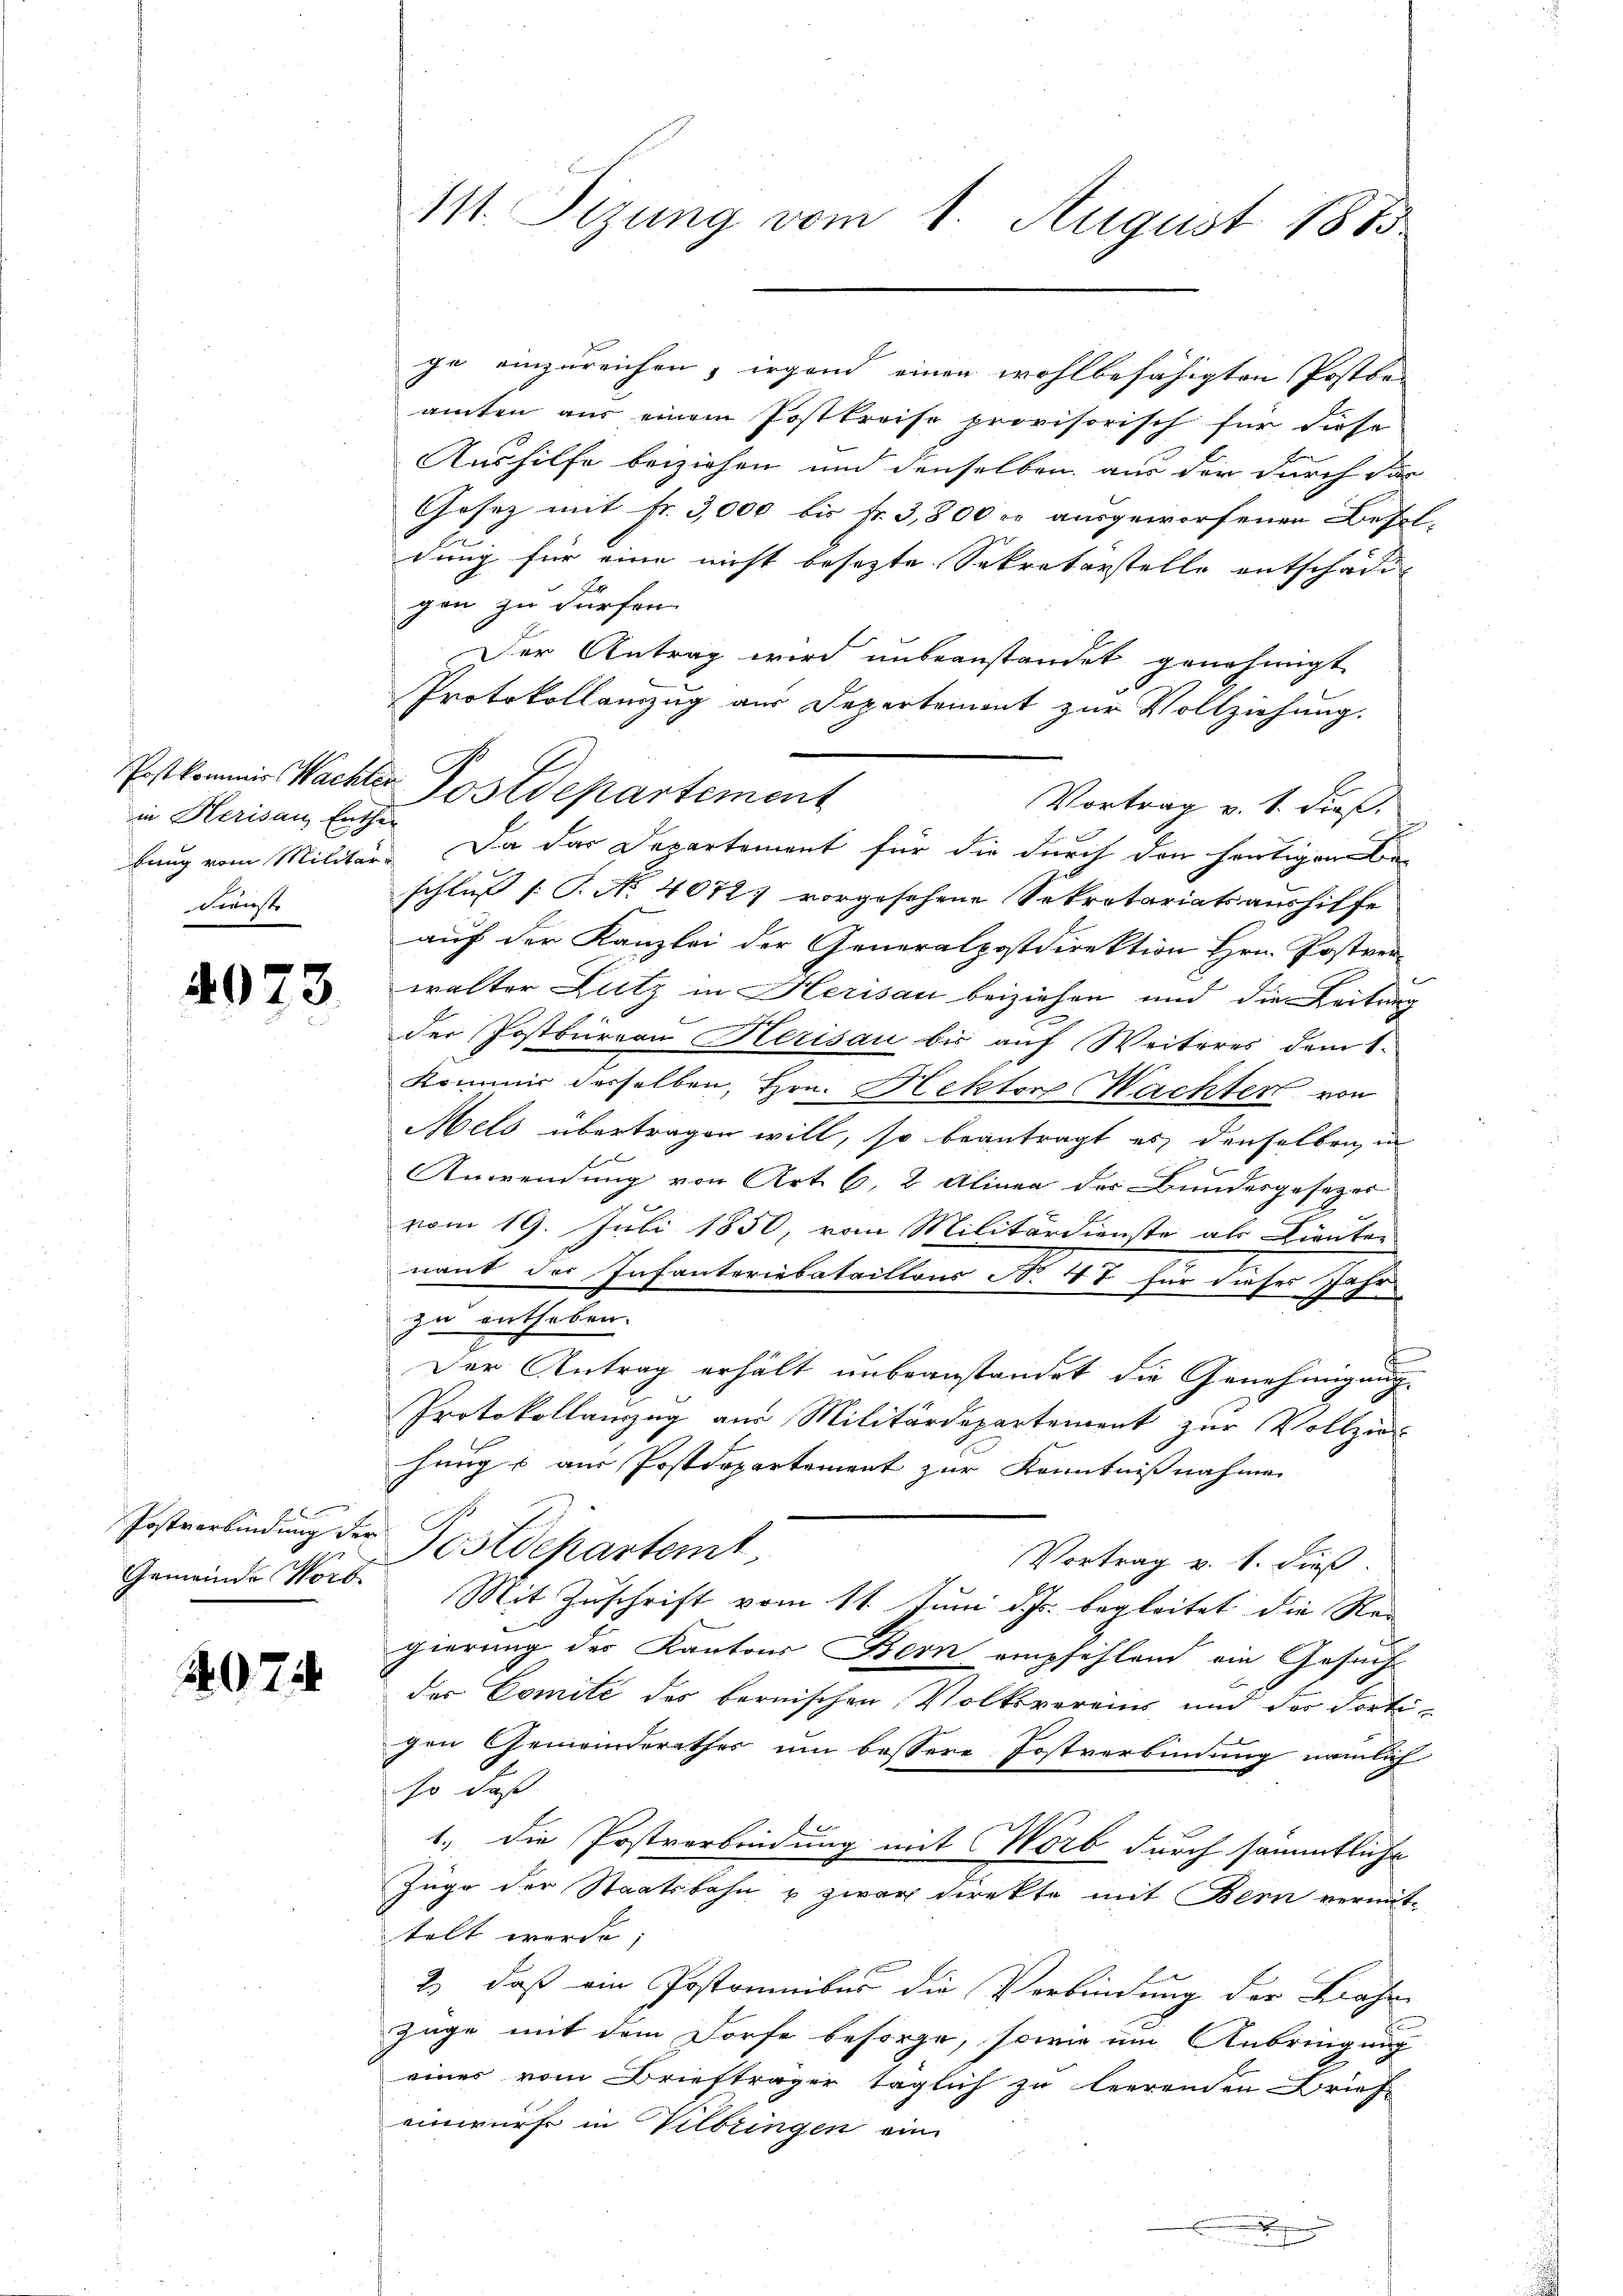
in Herisau, Enthur
dienste

4073

Postverbindung der

4074

ge einzureichen, irgend einen wohlbefähigten Postbes
amten aus einem Postkreise provisorisch für diese
Aushilfe beiziehen und denselben aus der durch das
Gesez mit Fr. 3,000 bis Fr. 3,800 er ausgeworfenen Besel-
dung für eine nicht besezte Sekretärstelle entschädi-
gen zu dürfen.
Der Antrag wird unbeanstandet genehmigt
Protokollauszug aus Departement zur Vollziehung.
Vortrag v. 1. dieß,
bung vom Militär- Da das Departement für die durch den heutigene
schluß (T. No 4072) vorgesehene Sekretariatsaushilfe
auf der Kanzlei der Generalpostdirektion Hrn. Postver
walter Lutz in Herisau beiziehen und die Leitung
der Postbüreau Herisau bis auf Weiteres dem 1.
Kommer derselben, Hrn. Hektor Wachter von
Mels übertragen will, so beantragt es denselben in
Anwendung von Art. 6, 2 Alinea des Bundesgesezer
vom 19. Juli 1850, von Militärdienste als Kienten
nant der Infanteriebataillons No 47 für dieses Jahr
zu entheben.
Der Antrag erhält unbeanstandet die Genehmigung
Protokollanzug aus Militärdepartement zur Vollzier
hungs aus Postdepartement zur Kenntnisnahmen
Postdepartemt
Vortrag v. 8. dieß
Gemeinde Worb. Mit Zuschrift vom 11. Juni d. Js. begleitet die Rei
gierung des Kantons Bern empfehlend ein Gesuchs
der Comité des bernischen Volksvereins und der Fortigen Gemeinderathes um bessere Postverbindung nämlich
so daß
1.) Die Postverbindung mit Worb durch sämmtliche
Züge der Staatsbahn & zwar Direkte mit Bern vermit-
telt werde;
2) daß ein Postomnibus die Verbindung der Bahn
f
züge mit dem Dorfe besorge, sowie um Anbringung
eines vom Briefträger täglich zu leerenden Brief-
einwürfe in Wilbringen ein

111. Sizung vom 1. August 1885

Postkommer Wachter Postdepartement